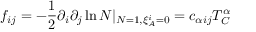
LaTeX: f _ { i j } = - { \frac { 1 } { 2 } } \partial _ { i } \partial _ { j } \ln { \cal N } | _ { { \cal N } = 1 , \xi _ { A } ^ { i } = 0 } = c _ { \alpha i j } T _ { C } ^ { \alpha }